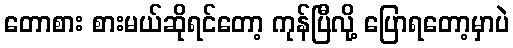
တောစား စားမယ်ဆိုရင်တော့ ကုန်ပြီလို့ ပြောရတော့မှာပဲ